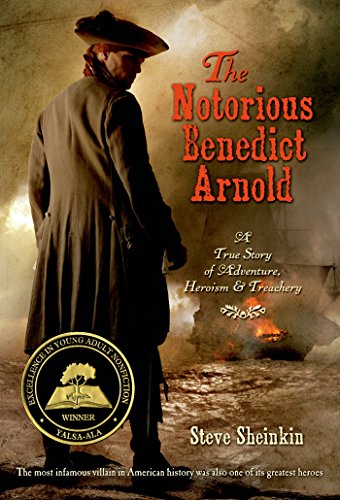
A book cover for The Notorious Benedict Arnold: A True Story of Adventure, Heroism & Treachery; Steve Sheinkin; Children's Books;